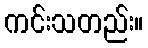
ကင်းသတည်း။